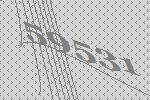
59531